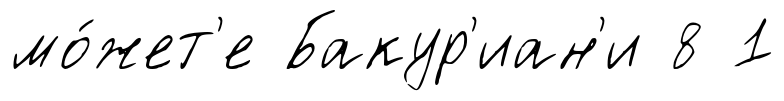
мо́жет'е Бакур'иан'и 8 1